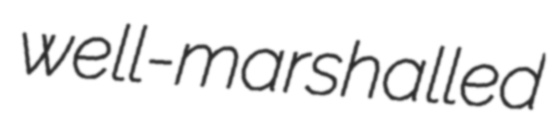
well-marshalled